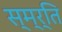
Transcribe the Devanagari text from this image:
स्म्र्ति